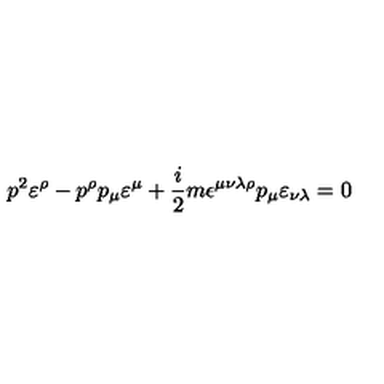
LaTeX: p ^ { 2 } \varepsilon ^ { \rho } - p ^ { \rho } p _ { \mu } \varepsilon ^ { \mu } + \frac { i } { 2 } m \epsilon ^ { \mu \nu \lambda \rho } p _ { \mu } \varepsilon _ { \nu \lambda } = 0